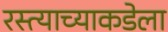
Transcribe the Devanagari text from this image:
रस्त्याच्याकडेला